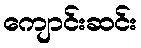
ကျောင်းဆင်း